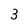
Character: 3